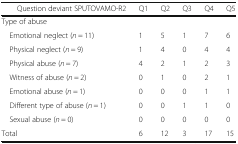
<table><thead><tr><td></td><td><b>Question deviant SPUTOVAMO-R2</b></td><td><b>Q1</b></td><td><b>Q2</b></td><td><b>Q3</b></td><td><b>Q4</b></td><td><b>Q5</b></td></tr></thead><tbody><tr><td colspan="7">Type of abuse</td></tr><tr><td colspan="2"> Emotional neglect (<i>n</i> = 11)</td><td>1</td><td>5</td><td>1</td><td>7</td><td>6</td></tr><tr><td colspan="2"> Physical neglect (<i>n</i> = 9)</td><td>1</td><td>4</td><td>0</td><td>4</td><td>4</td></tr><tr><td colspan="2"> Physical abuse (<i>n</i> = 7)</td><td>4</td><td>2</td><td>1</td><td>2</td><td>3</td></tr><tr><td colspan="2"> Witness of abuse (<i>n</i> = 2)</td><td>0</td><td>1</td><td>0</td><td>2</td><td>1</td></tr><tr><td colspan="2"> Emotional abuse (<i>n</i> = 1)</td><td>0</td><td>0</td><td>0</td><td>1</td><td>1</td></tr><tr><td colspan="2"> Different type of abuse (<i>n</i> = 1)</td><td>0</td><td>0</td><td>1</td><td>1</td><td>0</td></tr><tr><td colspan="2"> Sexual abuse (<i>n</i> = 0)</td><td>0</td><td>0</td><td>0</td><td>0</td><td>0</td></tr><tr><td colspan="2">Total</td><td>6</td><td>12</td><td>3</td><td>17</td><td>15</td></tr></tbody></table>